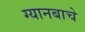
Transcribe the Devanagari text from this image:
ग्यानबाचे